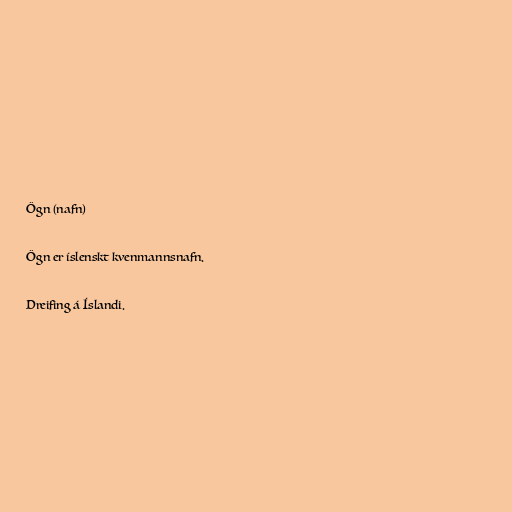
Ögn (nafn)

Ögn er íslenskt kvenmannsnafn.

Dreifing á Íslandi.